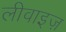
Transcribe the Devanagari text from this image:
लीवाइज़